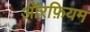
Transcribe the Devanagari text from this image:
ऑरफ़ियम